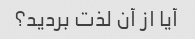
آیا از آن لذت بردید؟